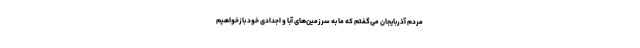
مردم آذربایجان می‌گفتم که ما به سرزمین‌های آبا و اجدادی خود بازخواهیم